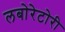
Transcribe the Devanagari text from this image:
लबोरेटोरी